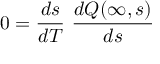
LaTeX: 0 = \frac { d s } { d T } \ \frac { d Q ( \infty , s ) } { d s }